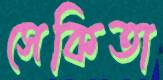
সেকিতা